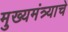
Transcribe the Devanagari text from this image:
मुख्यमंत्र्याचे